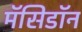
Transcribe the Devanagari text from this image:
मॅसिडॉन